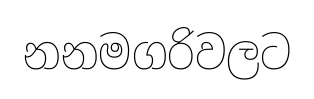
නනමගරිවලට